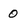
Character: 0